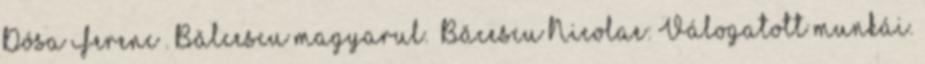
Dósa Ferenc . Bălcescu magyarul. Băcescu Nicolae: Válogatott munkái.